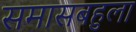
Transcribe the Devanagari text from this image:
समासबहुला